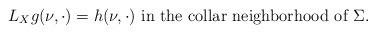
LaTeX: \begin{align*}L_X g (\nu, \cdot) = h(\nu, \cdot) \mbox{ in the collar neighborhood of } \Sigma. \end{align*}